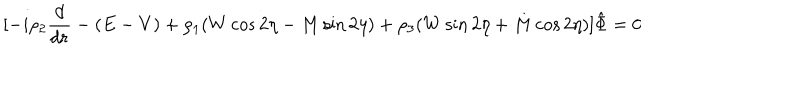
\lbrack - i \rho _ { 2 } { \frac { d } { d r } } - ( E - V ) + \rho _ { 1 } ( W \cos 2 \eta - M \sin 2 \eta ) + \rho _ { 3 } ( W \sin 2 \eta + M \cos 2 \eta ) \rbrack \hat { \Phi } = 0